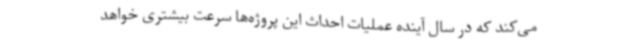
می‌کند که در سال آینده عملیات احداث این پروژه‌ها سرعت بیشتری خواهد